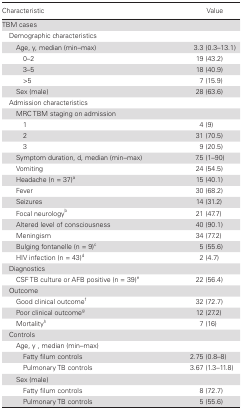
| Characteristic | Value |
 | --- | --- |
 | <COLSPAN=2> TBM cases |
 | <COLSPAN=2> Demographic characteristics |
 | Age, y, median (min–max) | 3.3 (0.3–13.1) |
 | 0–2 | 19 (43.2) |
 | 3–5 | 18 (40.9) |
 | >5 | 7 (15.9) |
 | Sex (male) | 28 (63.6) |
 | <COLSPAN=2> Admission characteristics |
 | <COLSPAN=2> MRC TBM staging on admission |
 | 1 | 4 (9) |
 | 2 | 31 (70.5) |
 | 3 | 9 (20.5) |
 | Symptom duration, d, median (min–max) | 7.5 (1–90) |
 | Vomiting | 24 (54.5) |
 | Headache (n = 37)a | 15 (40.1) |
 | Fever | 30 (68.2) |
 | Seizures | 14 (31.2) |
 | Focal neurologyb | 21 (47.7) |
 | Altered level of consciousness | 40 (90.1) |
 | Meningism | 34 (77.2) |
 | Bulging fontanelle (n = 9)c | 5 (55.6) |
 | HIV infection (n = 43)d | 2 (4.7) |
 | <COLSPAN=2> Diagnostics |
 | CSF TB culture or AFB positive (n = 39)e | 22 (56.4) |
 | <COLSPAN=2> Outcome |
 | Good clinical outcomef | 32 (72.7) |
 | Poor clinical outcomeg | 12 (27.2) |
 | Mortalityh | 7 (16) |
 | <COLSPAN=2> Controls |
 | <COLSPAN=2> Age, y , median (min–max) |
 | Fatty filum controls | 2.75 (0.8–8) |
 | Pulmonary TB controls | 3.67 (1.3–11.8) |
 | <COLSPAN=2> Sex (male) |
 | Fatty filum controls | 8 (72.7) |
 | Pulmonary TB controls | 5 (55.6) |